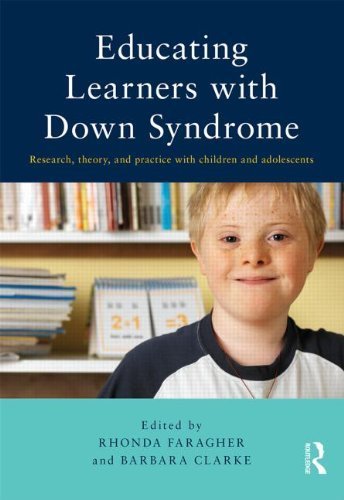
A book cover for by unknow Educating Learners with Down Syndrome: Research, theory, and practice with children and adolescents (2013) Paperback; Health, Fitness & Dieting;